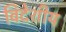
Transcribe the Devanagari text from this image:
विदेशीय